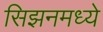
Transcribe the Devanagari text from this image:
सिझनमध्ये